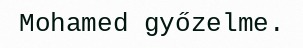
Mohamed győzelme.